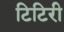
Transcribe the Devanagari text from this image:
टिटिरी